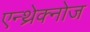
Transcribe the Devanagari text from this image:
एन्थ्रेक्नोज